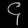
Digit: ၄